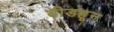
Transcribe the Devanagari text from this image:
बीडहून